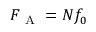
\begin{array} { r } { F _ { \mathrm { ~ A ~ } } = N f _ { 0 } } \end{array}